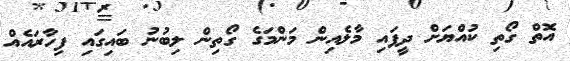
އޮތް ގޯތި ކުއްޔަށް ދީފައި މާލެއިން މަންމަގެ ގޯތިން ލިބުނު ބައިގައި ފިހާރައެއް